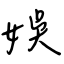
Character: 娛